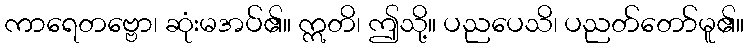
ကာရေတဗ္ဗော၊ ဆုံးမအပ်၏။ ဣတိ၊ ဤသို့။ ပညပေသိ၊ ပညတ်တော်မူ၏။